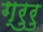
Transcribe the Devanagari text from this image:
ग्रुरु